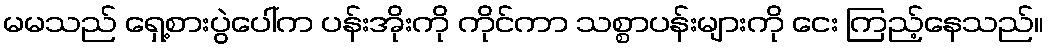
မမသည် ရှေ့စားပွဲပေါ်က ပန်းအိုးကို ကိုင်ကာ သစ္စာပန်းများကို ငေး ကြည့်နေသည်။